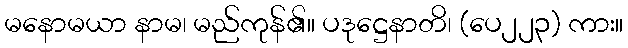
မနောမယာ နာမ၊ မည်ကုန်၏။ ပဒုဋ္ဌေနာတိ၊ (ပေ၂၂၃) ကား။